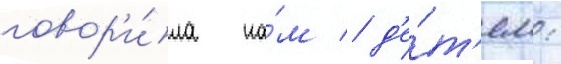
говор'и́ла на́м / д'е́т'ям: